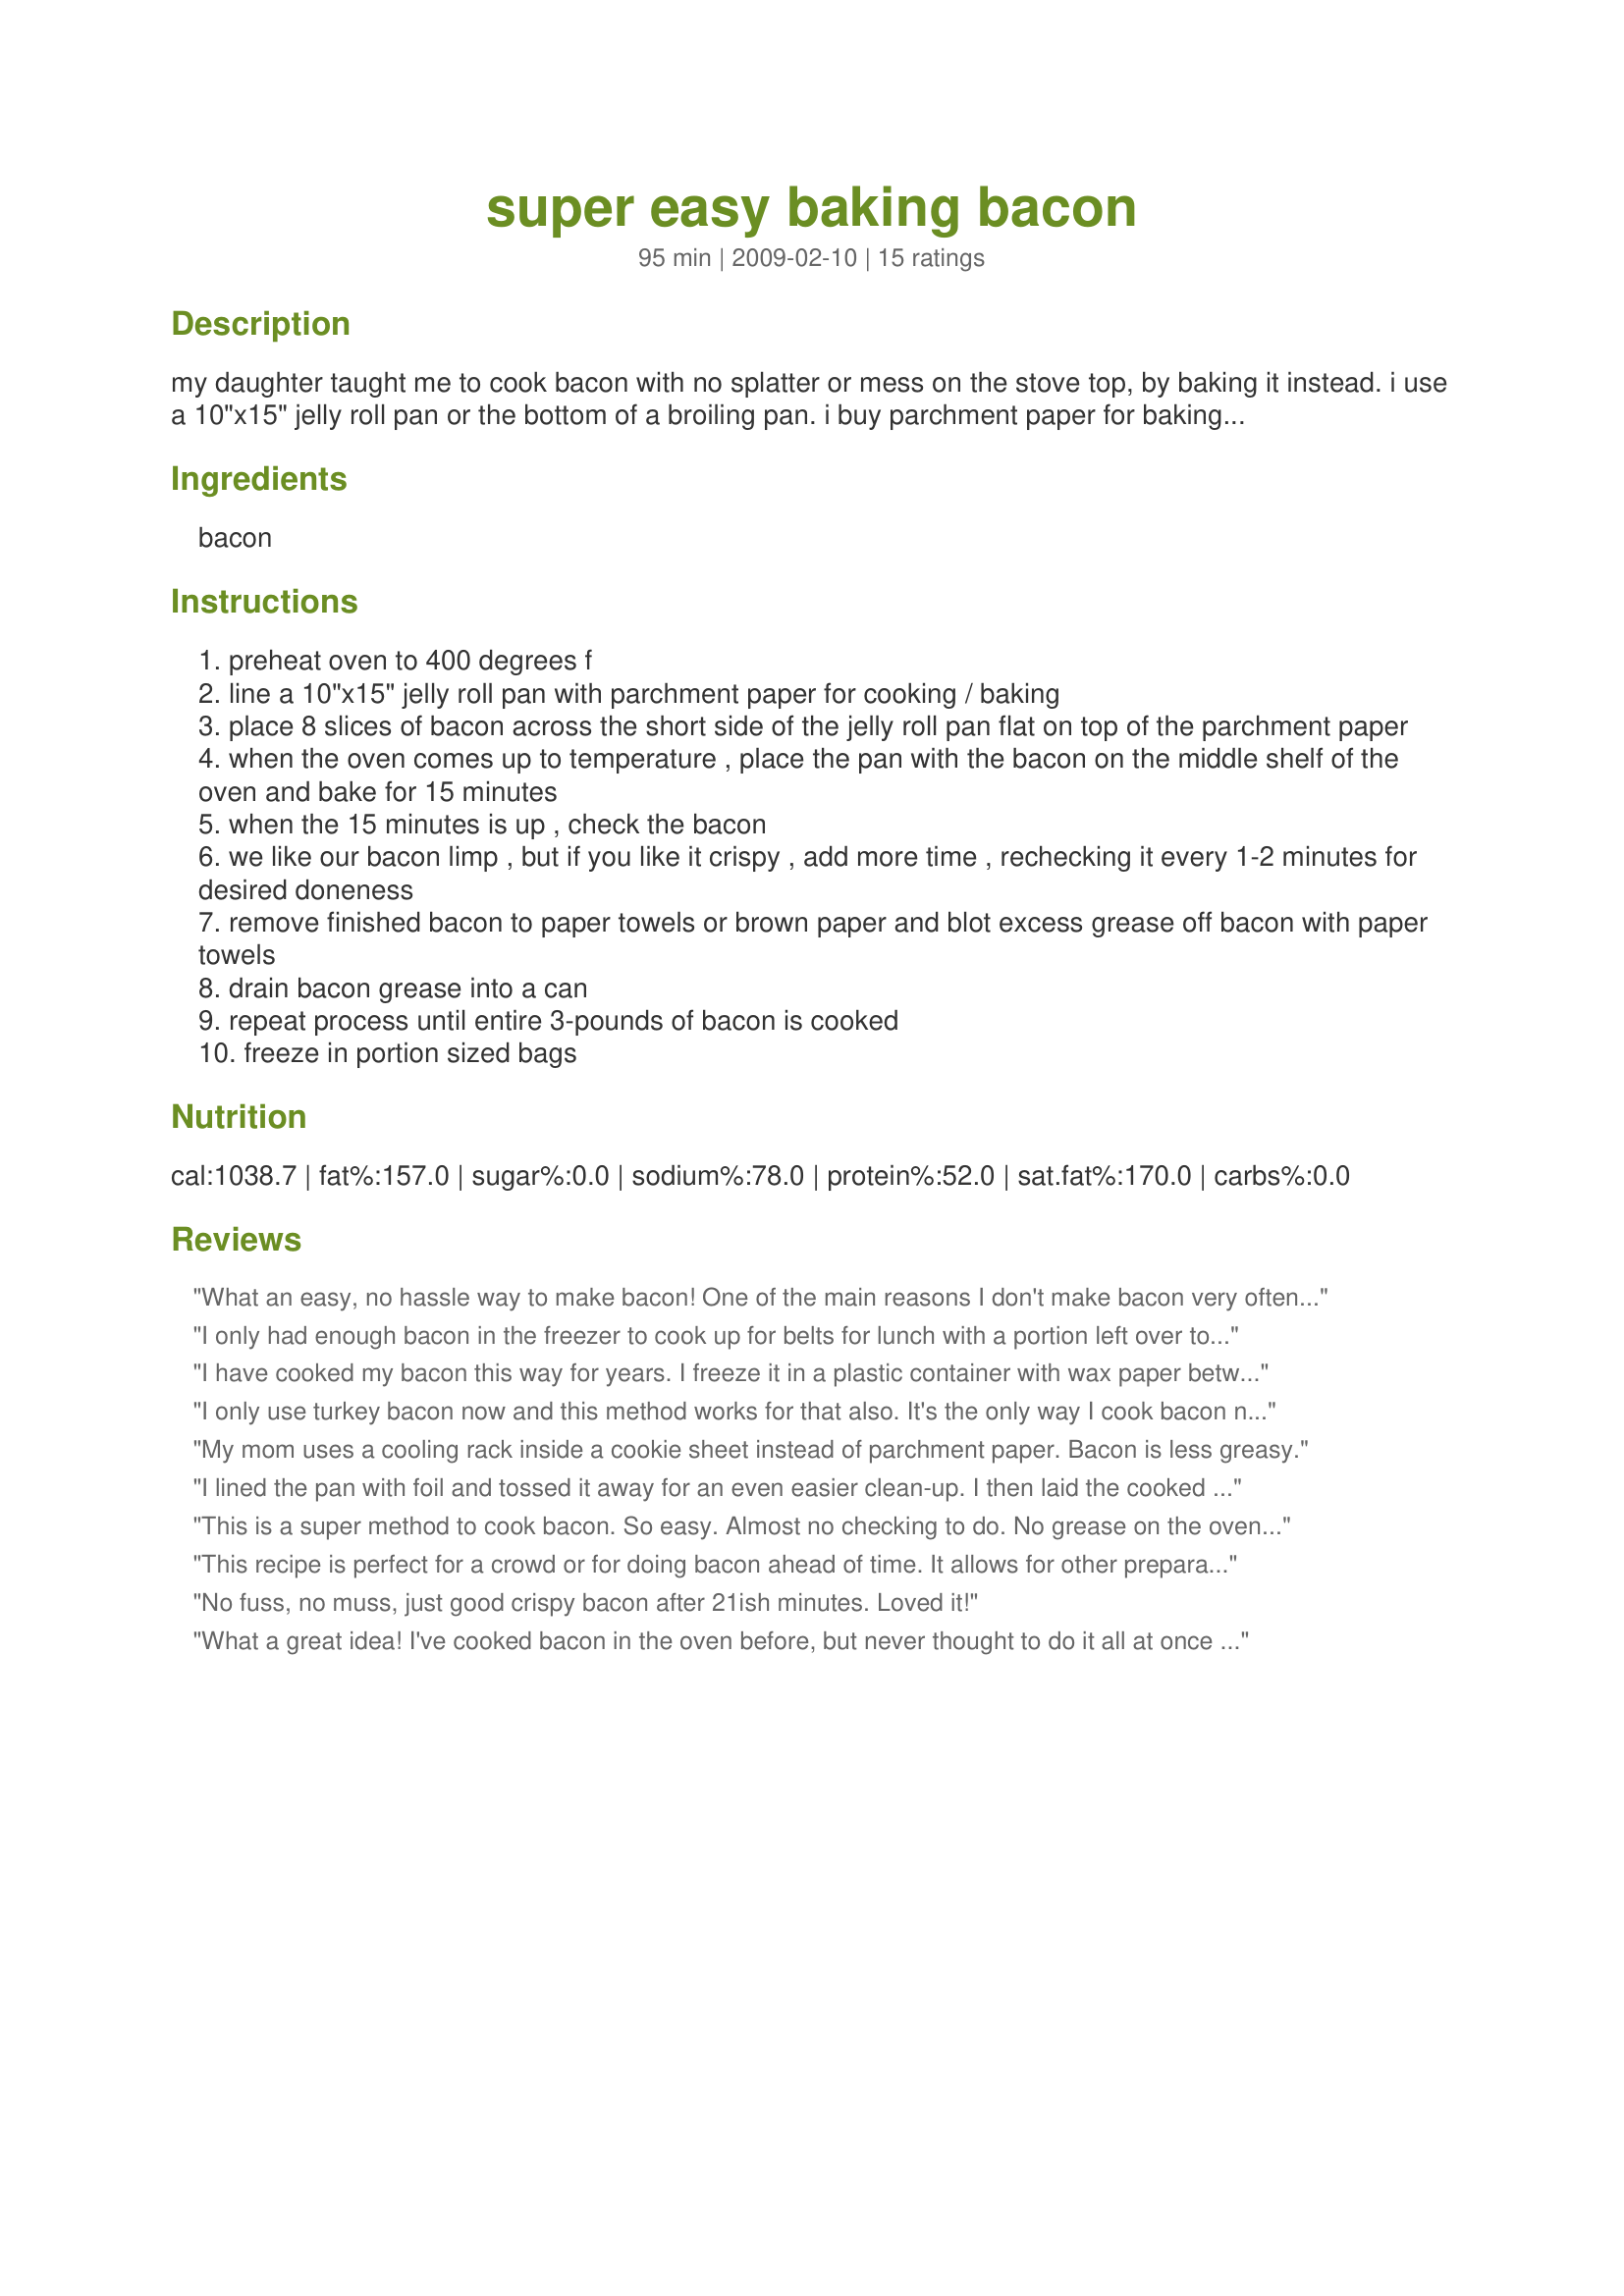
super easy baking bacon
Preparation time: 95 minutes

my daughter taught me to cook bacon with no splatter or mess on the stove top, by baking it instead. i use a 10"x15" jelly roll pan or the bottom of a broiling pan. i buy parchment paper for baking in rolls in bulk online, but you can get it at the supermarket or any cooking supply store. i bake 3 pounds of bacon at a time and freeze it in individual servings.

Ingredients:
bacon

Steps:
preheat oven to 400 degrees f
line a 10"x15" jelly roll pan with parchment paper for cooking / baking
place 8 slices of bacon across the short side of the jelly roll pan flat on top of the parchment paper
when the oven comes up to temperature , place the pan with the bacon on the middle shelf of the oven and bake for 15 minutes
when the 15 minutes is up , check the bacon
we like our bacon limp , but if you like it crispy , add more time , rechecking it every 1-2 minutes for desired doneness
remove finished bacon to paper towels or brown paper and blot excess grease off bacon with paper towels
drain bacon grease into a can
repeat process until entire 3-pounds of bacon is cooked
freeze in portion sized bags

Reviews:
What an easy, no hassle way to make bacon! One of the main reasons I don't make bacon very often is bkz I'm too impatient... I end up turning the heat up, messing with it all the time and then it burns. But THIS method solves all my issues and frees me to focus on other things!! Throw it in the oven for 15 minutes and... perfect bacon! It was just the right amount of crispiness. I'm not exactly sure what role the parchment paper plays, but the bacon turned out so perfectly that I will continue to use it without knowing why. :)THANK YOU for posting this!!
I only had enough bacon in the freezer to cook up for belts for lunch with a portion left over to freeze or at least I thought but it got eaten up so don't know how it freezes and works out when you use it later but what I did love was that at the 15 minute mark I took out the DM's and made up her belt (everything else ready to go) and popped mine back in the oven for 5 minutes as I like it really crispy but the DM likes it softer so we both enjoyed our lunch sandwich using homegrown lettuce and tomatoes and eggs from the local egg farmer and crispy bacon in toasted wholemeal/wholegrain bread with a touch of b-b-q sauce on the the bacon - YUMMMMM. Thank you Acadia*, made for Potluck Tag.
I have cooked my bacon this way for years. I freeze it in a plastic container with wax paper between the layers. You can then take out only what you want, place in the micro for about a minute...and voila you have bacon for breakfast or salad or a sandwich! Even my kids were able to prepare their own breakfast.
I only use turkey bacon now and this method works for that also. It's the only way I cook bacon now. I also do the same -- cook up a big batch and put in freezer in baggies. Love this method -- no dirtying the stovetop!!
My mom uses a cooling rack inside a cookie sheet instead of parchment paper. Bacon is less greasy.
I lined the pan with foil and tossed it away for an even easier clean-up. I then laid the cooked bacon on paper towels, then wrapped in foil for future use. Should you want to save the bacon grease, pour into a small container and freeze. No need defrost, just chip out the needed amount and return to freezer. For that matter, the bacon can be cooked in advance and frozen, too. Thanks, Acadia, for a technique that makes our cooking experiences just a little easier. I'm now off to explore ways to unclog my arteries. ;-) Made for Potluck Tag.
This is a super method to cook bacon. So easy. Almost no checking to do. No grease on the oven or on the floor LOL We like bacon very crispy so it was almost 21 minutes for each batch. Thanks Acadia. Made for Photo tag
This recipe is perfect for a crowd or for doing bacon ahead of time. It allows for other preparations to continue while the bacon cooks. My bacon came out nice and crisp. It was cooked at 400 degrees in a convection oven. Made for *Partying the Diabetic Way*
No fuss, no muss, just good crispy bacon after 21ish minutes. Loved it!
What a great idea! I've cooked bacon in the oven before, but never thought to do it all at once and freeze. Thanks so much for making my mornings so much easier!!
Wow!!! I really liked using the parchement paper compared to using foil like I have in the past. I baked 12 slices of bacon and it was nice and crisp in about 17-20 mins. This so wonderful when it came to clean up, just throw away the paper and the cookie sheet was still clean. Thanks for sharing the recipe. Made for Potluck.
Super easy! And good! I often times bake bacon, but on foil. This is a much cleaner method of doing so and capturing the bacon grease to freeze is easier too. Thanks Acadia for a great winner. Made for I Recommend Tag.
I've been doing this for a few years now and have gotten a few friends to try it, too!! It's so nice to be able to cook up a supply of bacon for the freezer with little or no mess to clean up. And the strips stay flat instead of curling up like they do in the frying pan. BLT's aren't such a chore to make anymore!! Only problem for me is........I know that all that yummy bacon is in the freezer and I tend to snack on it more often than I should!!!
Worked great...but your servings are awfully large! 3 pounds of bacon for 6 people?
LOVE THIS! It will permanently go in my own cookbook for use all the time. Many a time I pass up a recipe due to making the bacon, the hassle, the grease, the mess but no more. I had learned this 10 years ago but had forgotten about this method till I saw your directions. Thanks for posting it here Acadia! Enjoy! ChefDLH
